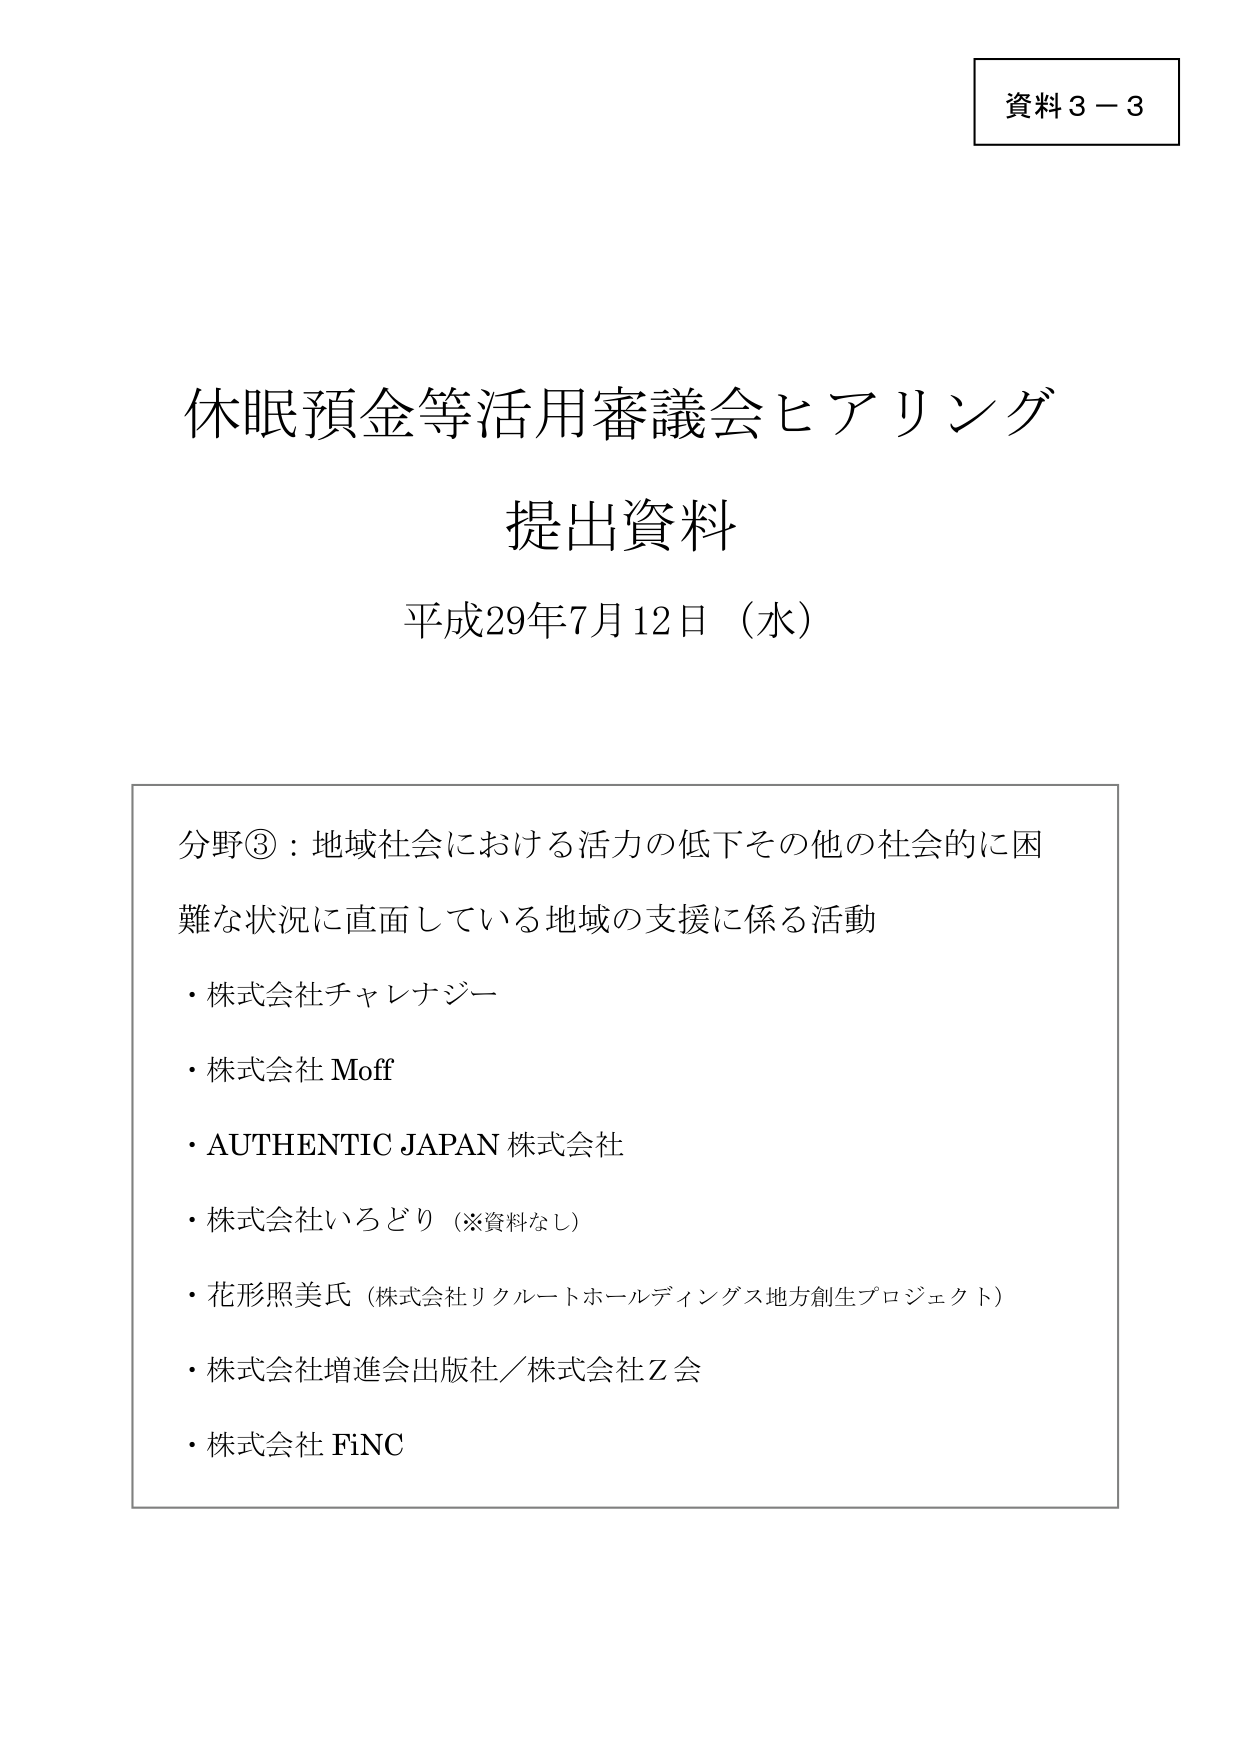
資料３－３

休眠預金等活用審議会ヒアリング
提出資料
平成29年7月12日（水）

分野③：地域社会における活力の低下その他の社会的に困難な状況に直面している地域の支援に係る活動
・株式会社チャレナジー
・株式会社 Moff
・AUTHENTIC JAPAN 株式会社
・株式会社いろどり（※資料なし）
・花形照美氏（株式会社リクルートホールディングス地方創生プロジェクト）
・株式会社増進会出版社／株式会社Ｚ会
・株式会社 FiNC